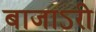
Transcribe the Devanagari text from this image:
बाजाऽरी